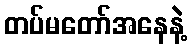
တပ်မတော်အနေနဲ့